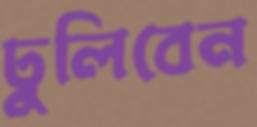
ঢুলিবেন